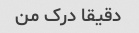
دقیقا درک من